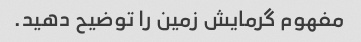
مفهوم گرمایش زمین را توضیح دهید.